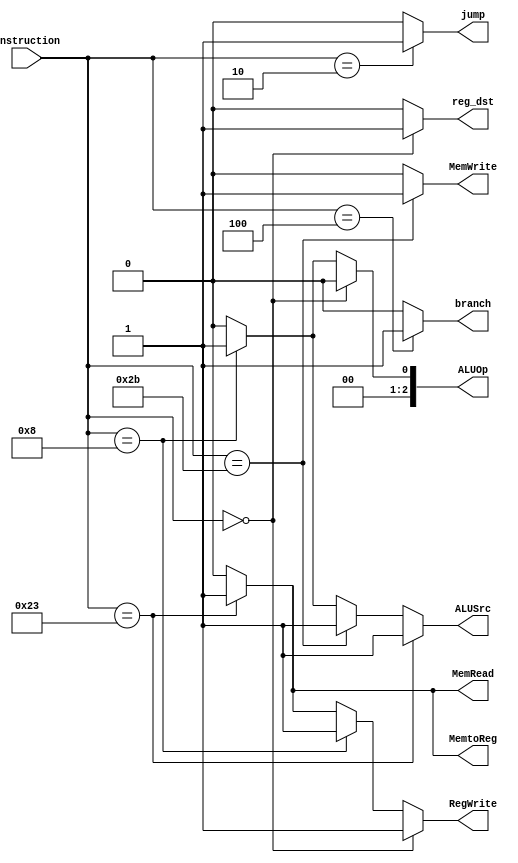
`timescale 1ns / 1ps
//////////////////////////////////////////////////////////////////////////////////
// Company: 
// Engineer: 
// 
// Design Name: 
// Module Name: control
// Project Name: 
// Target Devices: 
// Tool Versions: 
// Description: 
// 
// Dependencies: 
// 
// Revision:
// Revision 0.01 - File Created
// Additional Comments:
// 
//////////////////////////////////////////////////////////////////////////////////
`define LW  6'b100011
`define SW  6'b101011
`define BEQ 6'b000100
`define J   6'b000010
`define ADDI 6'b001000
`define ANDI 6'b001000
module control(instruction, reg_dst, jump, branch, MemRead, MemtoReg, ALUOp, MemWrite, ALUSrc, RegWrite);

	input [5:0] instruction;
	output reg_dst;
	output jump;
	output branch;
	output MemRead;
	output MemtoReg;
	output [2:0] ALUOp;
    output MemWrite;
    output ALUSrc;
    output RegWrite;

//set to 1 when using instruction[15:11] as the write reg
	assign reg_dst = 	(instruction == 5'b00000) ? 1'b1:
							1'b0;	
	
	assign jump = (instruction == `J) ? 1'b1:
					1'b0;

	assign branch = (instruction == `BEQ) ? 1'b1:
					1'b0;   

	assign MemRead = (instruction == `LW) ? 1'b1:
					1'b0;
					
	assign MemtoReg = (instruction == `LW) ? 1'b1:
                       1'b0;    
                       
    assign ALUOp = (instruction == 5'b00000)? 3'b000:     
                   (instruction == `ADDI)? 3'b001: 
                   (instruction == `ANDI)? 3'b010:           
                    3'b0;
                    
 	assign MemWrite = (instruction == `SW) ? 1'b1:
                    1'b0;      
        
	assign ALUSrc =  (instruction == `LW) ? 1'b1: 
			         (instruction == `SW) ? 1'b1:
                     (instruction == `ADDI) ? 1'b1:	
					 1'b0;

	assign RegWrite =  (instruction == 5'b00000) ? 1'b1:
	                   (instruction == `ADDI)? 1'b1:
	                   (instruction == `ANDI)? 1'b1:
	                   (instruction == `LW) ? 1'b1:
					   1'b0;	
endmodule